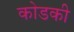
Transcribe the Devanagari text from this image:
कोडकी